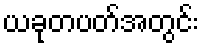
ယခုတပတ်အတွင်း